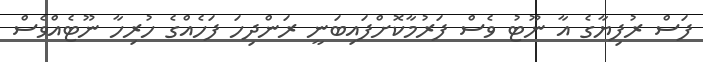
ފަސް ރުފިޔާގެ އާ ނޫޓު ވެސް ފަރުމާކޮށްފައިބަނީ ރަންދިހަ ފަހެއްގެ ހުރިހާ ނޫޓެއްވެސް